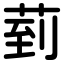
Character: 菿